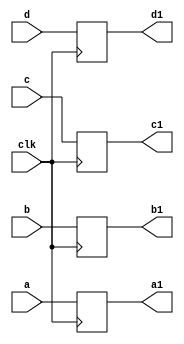
`timescale 1ns / 1ps
//////////////////////////////////////////////////////////////////////////////////
// Company: 
// Engineer: 
// 
// Design Name: 
// Module Name:    buf3 
// Project Name: 
// Target Devices: 
// Tool versions: 
// Description: 
//
// Dependencies: 
//
// Revision: 
// Revision 0.01 - File Created
// Additional Comments: 
//
//////////////////////////////////////////////////////////////////////////////////
module buf3(
    input [5:0] a,
    input [5:0] b,
    input [5:0] c,
    input [5:0] d,
    input clk,
    output reg [5:0] a1,
    output reg [5:0] b1,
    output reg [5:0] c1,
    output reg [5:0] d1
    );

always @(posedge clk) begin
a1<=a;
b1<=b;
c1<=c;
d1<=d;
end


endmodule